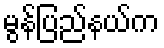
မွန်ပြည်နယ်က